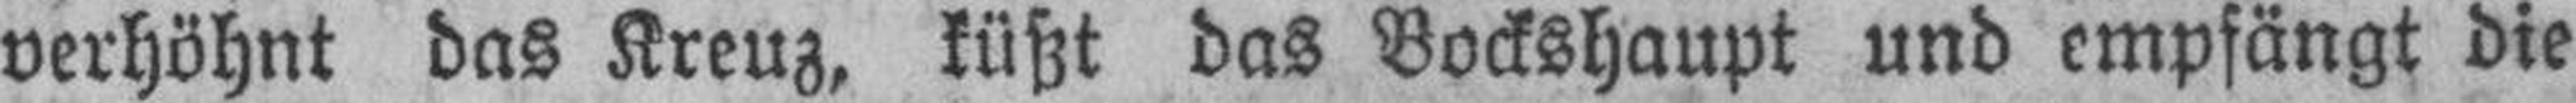
verhöhnt das Kreuz, küßt das Bockshaupt und empfängt die